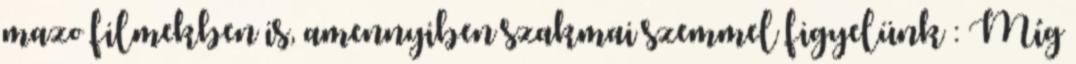
mazo filmekben is, amennyiben szakmai szemmel figyelünk : Míg